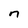
Character: n